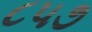
૮૫૭